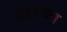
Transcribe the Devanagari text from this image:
तारळा